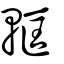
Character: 軭